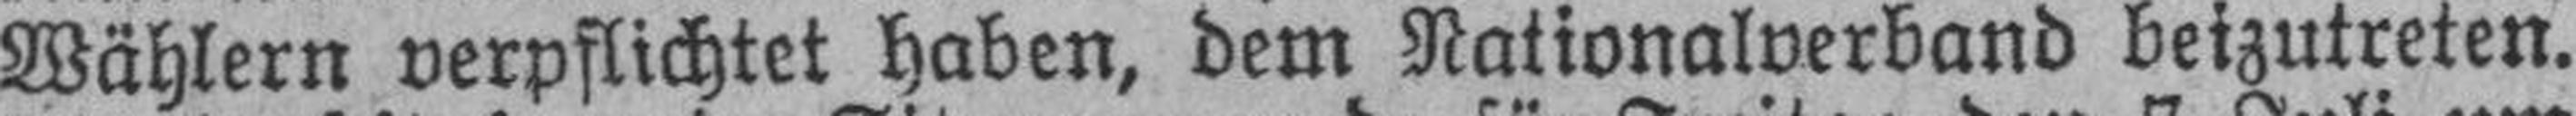
Wählern verpflichtet haben, dem Nationalverband beizutreten.